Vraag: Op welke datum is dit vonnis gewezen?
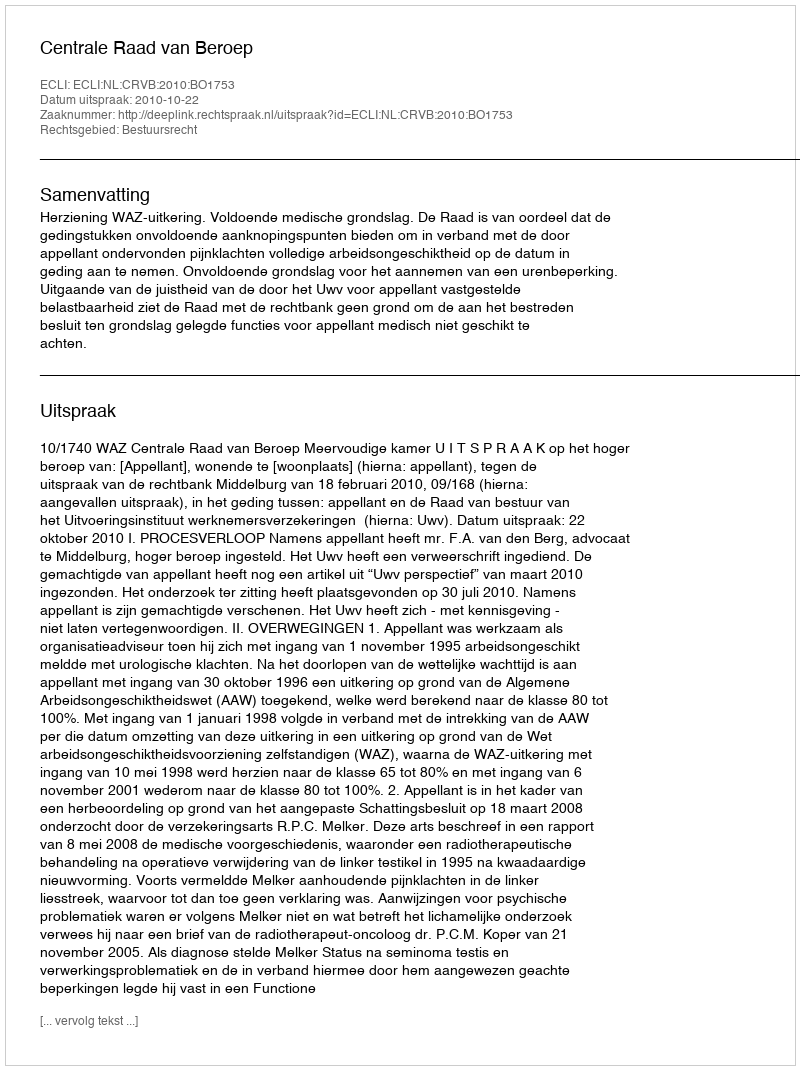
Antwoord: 2010-10-22